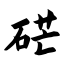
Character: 硭